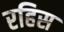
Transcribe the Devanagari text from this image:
रहिस